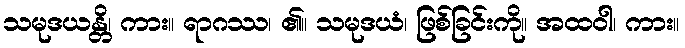
သမုဒယန္တိ၊ ကား။ ရာဂဿ၊ ၏။ သမုဒယံ၊ ဖြစ်ခြင်းကို။ အထဝါ၊ ကား။